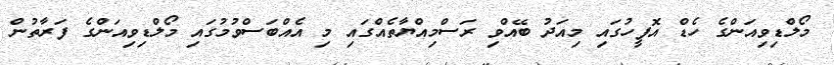
މޯލްޑިވިއަންގެ ހެޑް އޮފީހުގައި މިއަދު ބޭއްވި ރަސްމިއްޔާތެއްގައި މި އެއްބަސްވުމުގައި މޯލްޑިވިއަންގެ ފަރާތުން